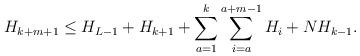
LaTeX: \begin{align*}H_{k+m+1}\leq H_{L-1}+H_{k+1}+\sum_{a=1}^{k}\sum_{i=a}^{a+m-1}H_{i}+ NH_{k-1}.\end{align*}